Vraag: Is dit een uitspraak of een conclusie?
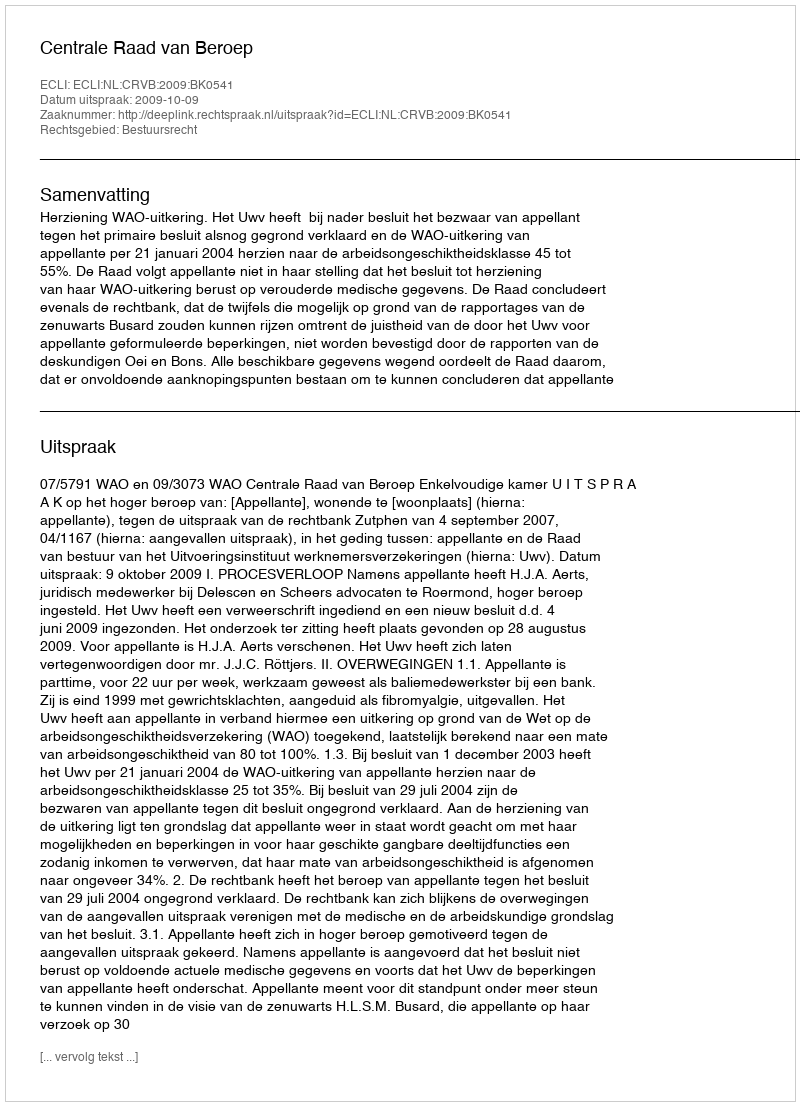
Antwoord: Uitspraak